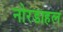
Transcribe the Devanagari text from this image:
नोरडाहल